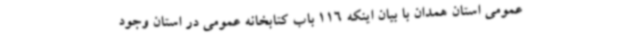
عمومی استان همدان با بیان اینکه 116 باب کتابخانه عمومی در استان وجود